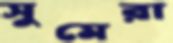
সুমেরা